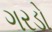
ગરડો